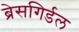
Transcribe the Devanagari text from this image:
ब्रेसगिर्डल